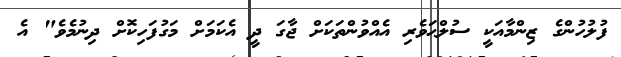
ފުލުހުންގެ ޒިންމާއަކީ ސުލްޙަވެރި އެއްވުންތަކަށް ޖާގަ ދީ އެކަމަށް މަގުފަހިކޮށް ދިނުމެވެ" އެ